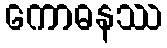
ကောဓနဿ